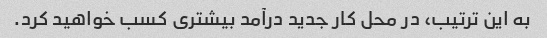
به این ترتیب، در محل کار جدید درآمد بیشتری کسب خواهید کرد.